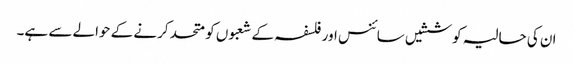
ان کی حالیہ کوششیں سائنس اور فلسفہ کے شعبوں کو متحد کرنے کے حوالے سے ہے۔